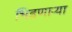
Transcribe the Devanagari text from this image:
भिडणार्‍या